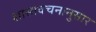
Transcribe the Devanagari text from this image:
शास्त्रवचनानुसार